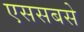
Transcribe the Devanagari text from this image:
एससबसे